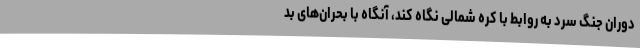
دوران جنگ سرد به روابط با کره شمالی نگاه کند، آنگاه با بحران‌های بد